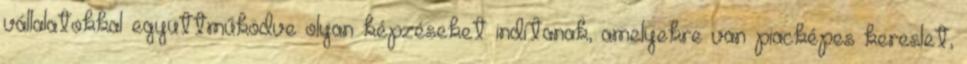
vállalatokkal együttműködve olyan képzéseket indítanak, amelyekre van piacképes kereslet,